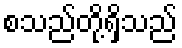
စသည်တို့ရှိသည်